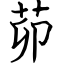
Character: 茆